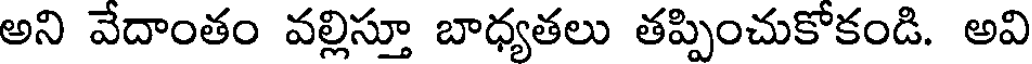
అని వేదాంతం వల్లిస్తూ బాధ్యతలు తప్పించుకోకండి. అవి